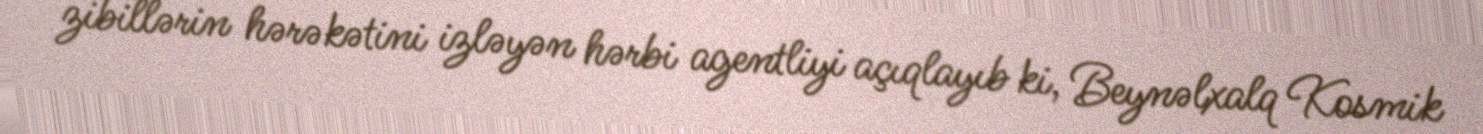
zibillərin hərəkətini izləyən hərbi agentliyi açıqlayıb ki, Beynəlxalq Kosmik